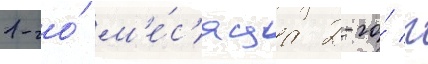
1-го́ м'е́с'яца 2-го́ г